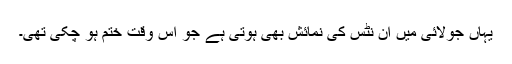
یہاں جولائی میں ان نٹس کی نمائش بھی ہوتی ہے جو اس وقت ختم ہو چکی تھی۔